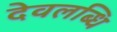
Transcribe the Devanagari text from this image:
देवलब्धि